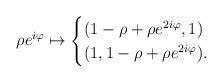
LaTeX: \begin{align*}\rho e^{i\varphi}\mapsto\begin{cases}(1 - \rho + \rho e^{2i\varphi}, 1) \\(1, 1 - \rho + \rho e^{2i\varphi}) .\end{cases}\end{align*}